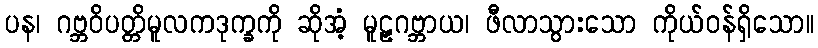
ပန၊ ဂဗ္ဘဝိပတ္တိမူလကဒုက္ခကို ဆိုအံ့ မူဠှဂဗ္ဘာယ၊ ဖီလာသွားသော ကိုယ်ဝန်ရှိသော။